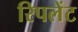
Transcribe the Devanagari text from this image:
रिपलेंट